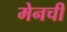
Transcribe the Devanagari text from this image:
मेनची